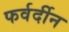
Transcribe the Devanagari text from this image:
फर्वर्दीन